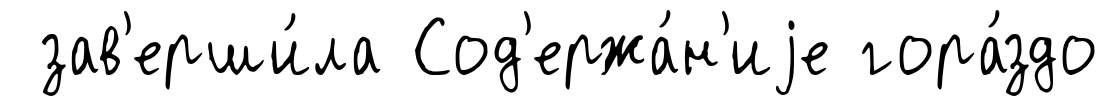
зав'ерши́ла Сод'ержа́н'иjе гора́здо